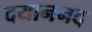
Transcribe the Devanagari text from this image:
दयाननद